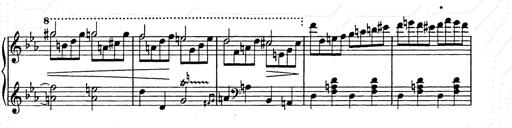
Title: Allegro di bravura
Composer: Carl Maria von Weber
Key: D major